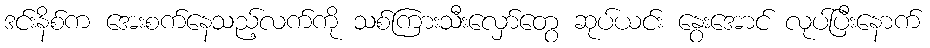
ဒင်းနိစ်က အေးစက်နေသည့်လက်ကို သစ်ကြားသီးလှော်တွေ ဆုပ်ယင်း နွေးအောင် လုပ်ပြီးနောက်